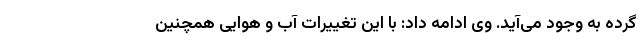
گرده به وجود می‌آید. وی ادامه داد: با این تغییرات آب و هوایی همچنین